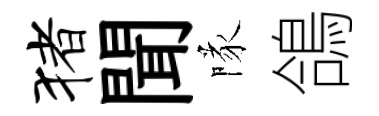
猪聞隊鴿